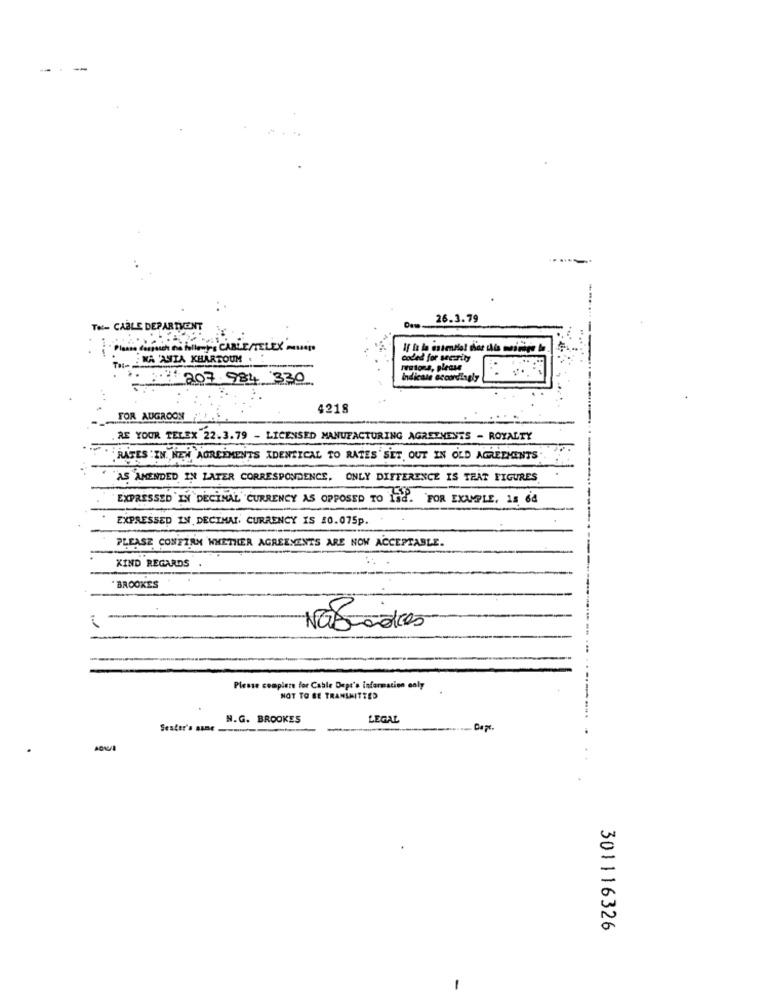
-
-.-
26.3.79
THE CABLE DEPARTMENT
" Please dospush the hollow's CABLE/TELEX'S
TO NA 'ASIA KHARTOUM .
coded for seerity
Fewtons, please
...
:: 207 984 330
Indicate accordingly
4218
FOR AUGROON
RE YOUR TELEX 22.3.79 - LICENSED MANUFACTURING AGREEMENTS - ROYALTY
RATES : IN. NEW AGREEMENTS IDENTICAL TO RATES SET OUT IN OLD AGREEMENTS
"AS AMENDED IN LATER CORRESPONDENCE. ONLY DIFFERENCE IS TEAT FIGURES
EXPRESSED IN DECINAL CURRENCY AS OPPOSED TO Isa. FOR EXAMPLE, 18 64
EXPRESSED IN DECIMAL. CURRENCY IS $0.075p.
PLEASE CONFIRM WHETHER AGREEMENTS ARE NOW ACCEPTABLE.
KIND REGARDS
BROOKES
Please complete for Cable Dept's information enly
NOT TO BE TRANSMITTED
N.G. BROOKES
LEGAL
Seater's aune
-
301116326